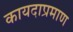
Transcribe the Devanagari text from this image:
कायदाप्रमाण